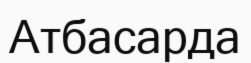
Атбасарда